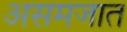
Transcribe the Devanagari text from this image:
असमजात